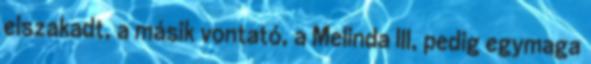
elszakadt, a másik vontató, a Melinda III, pedig egymaga